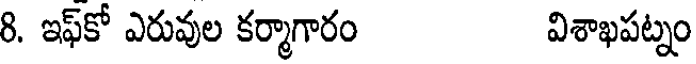
8. ఇఫ్కో ఎరువుల కర్మాగారం విశాఖపట్నం